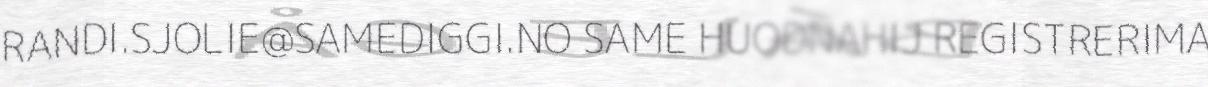
RANDI.SJOLIE@SAMEDIGGI.NO SAME HUODNAHIJ REGISTRERIMA